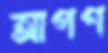
আপণ